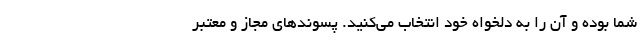
شما بوده و آن را به دلخواه خود انتخاب می‌کنید. پسوندهای مجاز و معتبر